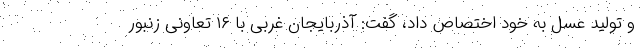
و تولید عسل به خود اختصاص داد، گفت: آذربایجان غربی با ۱۶ تعاونی زنبور